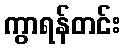
ကွာရန်တင်း